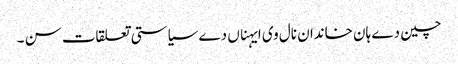
چین دے ہان خاندان نال وی ایہناں دے سیاستی تعلقات سن ۔